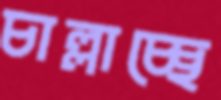
চাল্লাচ্ছে